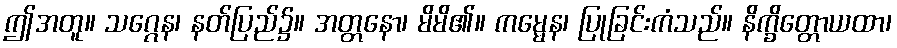
ဤအတူ။ သဂ္ဂေန၊ နတ်ပြည်၌။ အတ္တနော၊ မိမိ၏။ ကမ္မေန၊ ပြုခြင်းကံသည်။ နိက္ခိတ္တောယထာ၊